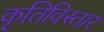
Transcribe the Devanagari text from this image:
कृतिविस्तार